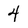
Character: 4